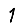
Digit: 1